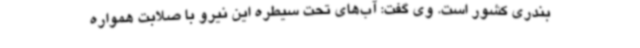
بندری کشور است. وی گفت: آب‌های تحت سیطره این نیرو با صلابت همواره